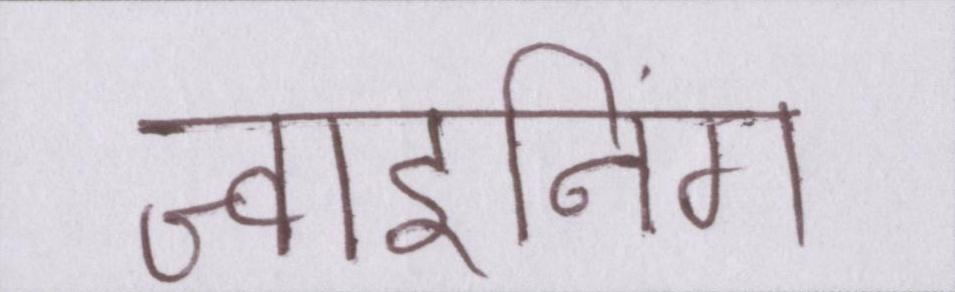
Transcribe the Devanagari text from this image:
ज्वाइनिंग